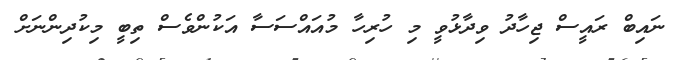
ނައިބް ރައީސް ޖިހާދު ވިދާޅުވީ މި ހުރިހާ މުއައްސަސާ އަކުންވެސް ތިބީ މިކުދިންނަށް